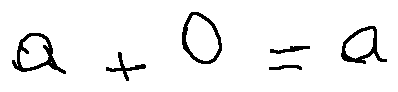
a + 0 = a